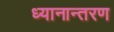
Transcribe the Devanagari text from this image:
ध्यानान्तरण